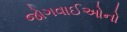
જોગવાઈઓનો